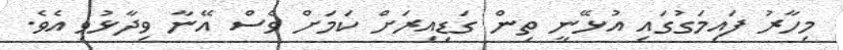
މިހާރު ފައިމަގުގައި އުޅޭނީ ތިން ގަޑިއިރަށް ކަމަށް ވެސް އޭނާ ވިދާޅުވި އެވެ.